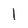
Character: l